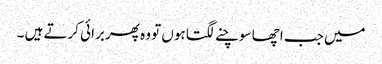
میں جب اچھا سوچنے لگتا ہوں تو وہ پھر برائی کرتے ہیں ۔